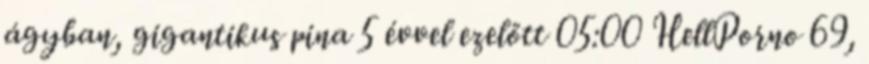
ágyban, gigantikus pina 5 évvel ezelőtt 05:00 HellPorno 69,